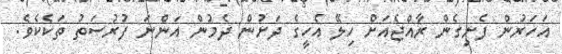
އަހަރުން ފެށިގެން ރާއްޖެއަށް ހިލޭ އެހީގެ ދަށުން ދެމުން އަންނަ ފުރުސަތު ތަކެކެވެ.